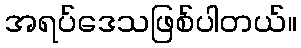
အရပ်ဒေသဖြစ်ပါတယ်။